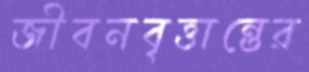
জীবনবৃত্তান্তের